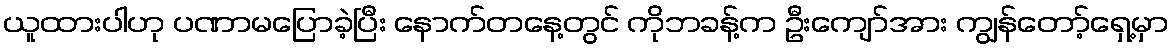
ယူထားပါဟု ပဏာမပြောခဲ့ပြီး နောက်တနေ့တွင် ကိုဘခန့်က ဦးကျော်အား ကျွန်တော့်ရှေ့မှာ